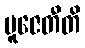
ပူဇေတီတိ